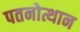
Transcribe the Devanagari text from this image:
पतनोत्थान